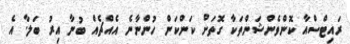
ރައިޓްސްއާ ކޮންވެންޝަންތަކާ ގޮތަށް ކަންކަން ހުންނާނެ އެއްޗެއް ބުނާ އިރު ބަލާ. އެ